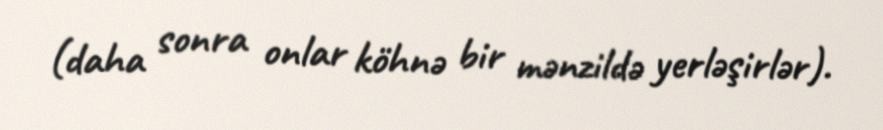
(daha sonra onlar köhnə bir mənzildə yerləşirlər).